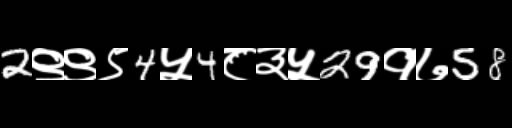
Text: 2९९९4५4८३५29१७58